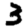
Digit: 3